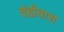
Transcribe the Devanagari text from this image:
वंडीवाश